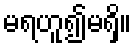
မရဟူ၍မရှိ။